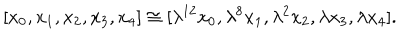
[ x _ { 0 } , x _ { 1 } , x _ { 2 } , x _ { 3 } , x _ { 4 } ] \cong [ \lambda ^ { 1 2 } x _ { 0 } , \lambda ^ { 8 } x _ { 1 } , \lambda ^ { 2 } x _ { 2 } , \lambda x _ { 3 } , \lambda x _ { 4 } ] .